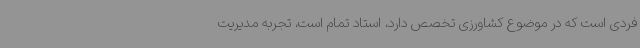
فردی است که در موضوع کشاورزی تخصص دارد، استاد تمام است، تجربه مدیریت